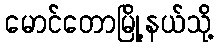
မောင်တောမြို့နယ်သို့